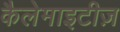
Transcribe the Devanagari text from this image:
कैलेमाइटीज़